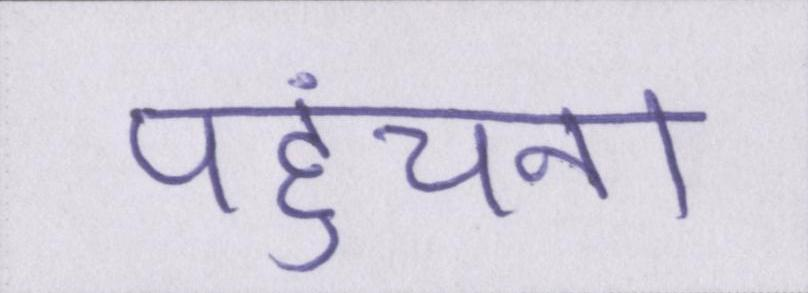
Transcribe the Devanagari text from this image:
पहुंचना